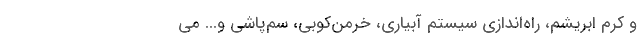
و کرم ابریشم، راه‌اندازی سیستم آبیاری، خرمن­کوبی، سم­پاشی و... می